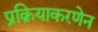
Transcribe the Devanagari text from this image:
प्रक्रियाकरणेन